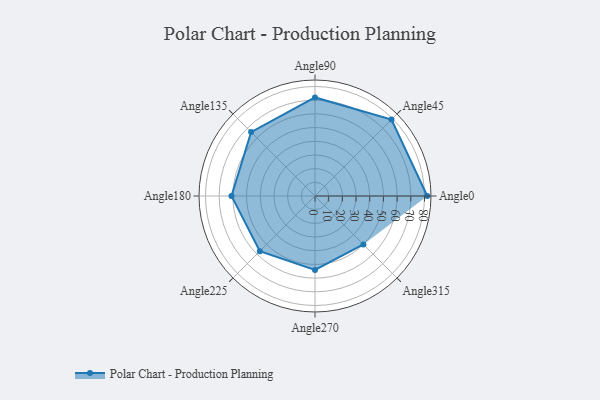
{"axis": {"x": "Angle", "y": "Radius"}, "legend": [""], "data": [{"x": "Angle0", "y": 82.0, "type": ""}, {"x": "Angle45", "y": 79.0, "type": ""}, {"x": "Angle90", "y": 72.0, "type": ""}, {"x": "Angle135", "y": 66.0, "type": ""}, {"x": "Angle180", "y": 61.0, "type": ""}, {"x": "Angle225", "y": 57.0, "type": ""}, {"x": "Angle270", "y": 54.0, "type": ""}, {"x": "Angle315", "y": 50, "type": ""}]}